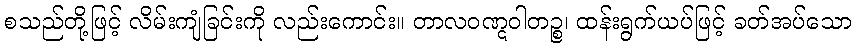
စသည်တို့ဖြင့် လိမ်းကျံခြင်းကို လည်းကောင်း။ တာလဝဏ္ဋဝါတဉ္စ၊ ထန်းရွက်ယပ်ဖြင့် ခတ်အပ်သော